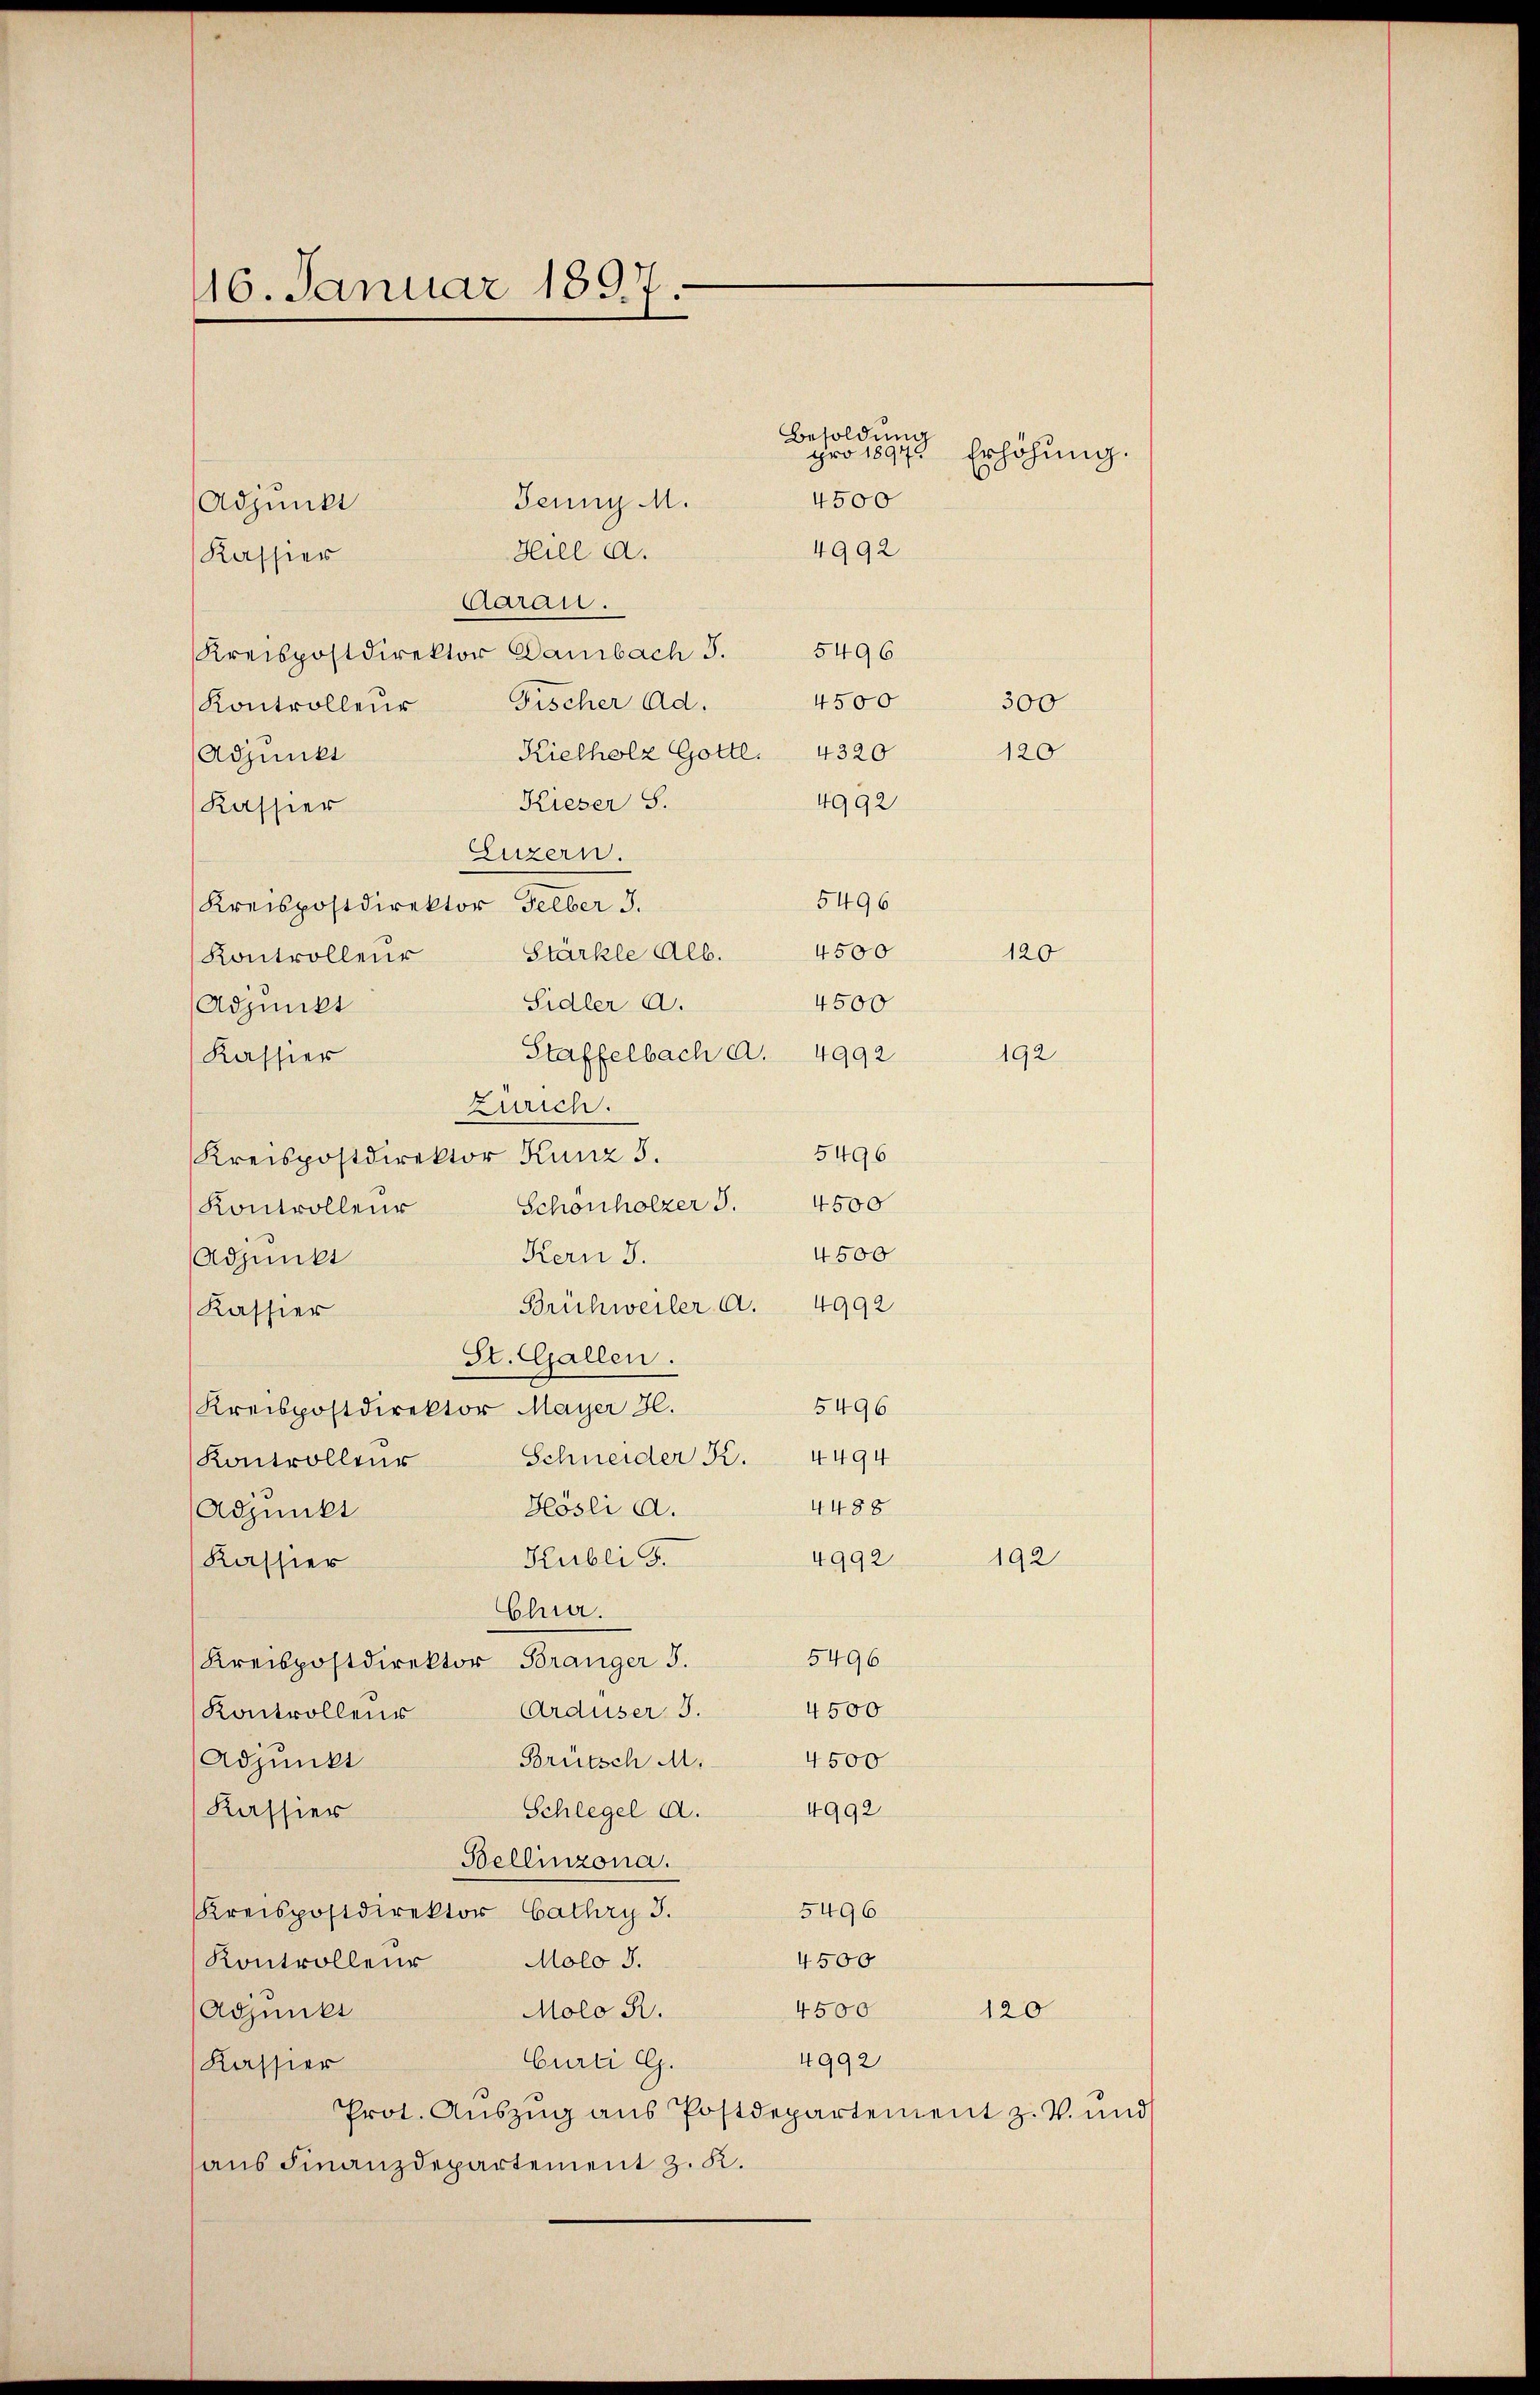
16. Januar 1897.

Jeung M.
Adpunkt
4992
Hiel A.
Kassier
Aarau.
Kreispostdirektor Gambach S. 5496
4500
Fischer Ad.
300
Kontrolleur
Kielholz Gottl. 4320
120
Adjunkt
Kieser S.
4992
Kassier
Luzern.
5496
Kreispostdirektor Felber d.
4500
Stärkte Alb.
Kontrolleur
Sidler A.
4500
Adjunkt
Staffelbach a. 4992
Kassier
Zürich.
5496
Kreispostdirektor Kunz 3.
Schönholzer S. 4500
Kontrolleur
4500
Kern 3.
Adjunkt
Brühweiler A. 4992
Kassier
St. Gallen.
5496
Kreispostdirektor Mayer H.
Schneider K. 4494
Kontrolleur
4488
Hosli a.
Adpunkt
192
4992
Kubli d.
Kassier
Chia.
5496.
Kreispostdirektor Bränger 3.
4500
Arduser 3.
Kontrollens
4500
Adjunkt
Brutsch M.
Schlegel A. 4992
Kassier
Bellinzona.
5496
Kreispostdirektor Cathry J.
4500
Kontrolleur Molo J.
4500
Molo R.
Adjunkt
120
4992
Curti G.
Kassier
Prot. Auszug aus Postdepartement z. B. und
aus Finanzdepartement z. K.

pro 1897 Erhöhung.

4500

Besoldung

120

192